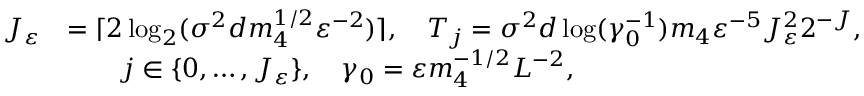
\begin{array} { r l } { J _ { \varepsilon } } & { = \lceil 2 \log _ { 2 } ( \sigma ^ { 2 } d m _ { 4 } ^ { 1 / 2 } \varepsilon ^ { - 2 } ) \rceil , \quad T _ { j } = \sigma ^ { 2 } d \log ( \gamma _ { 0 } ^ { - 1 } ) m _ { 4 } \varepsilon ^ { - 5 } J _ { \varepsilon } ^ { 2 } 2 ^ { - J } , } \\ & { \qquad j \in \{ 0 , \ldots , J _ { \varepsilon } \} , \quad \gamma _ { 0 } = \varepsilon m _ { 4 } ^ { - 1 / 2 } L ^ { - 2 } , } \end{array}